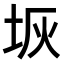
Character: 𭎑